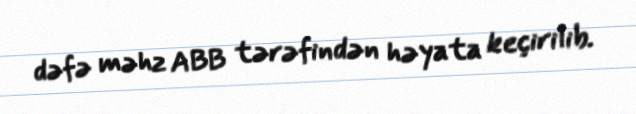
dəfə məhz ABB tərəfindən həyata keçirilib.